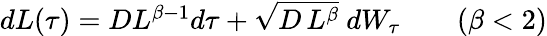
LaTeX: \begin{array}{r}{dL(\tau)=DL^{\beta-1}d\tau+\sqrt{D\, L^{\beta}}\ dW_{\tau}\qquad(\beta<2)}\end{array}